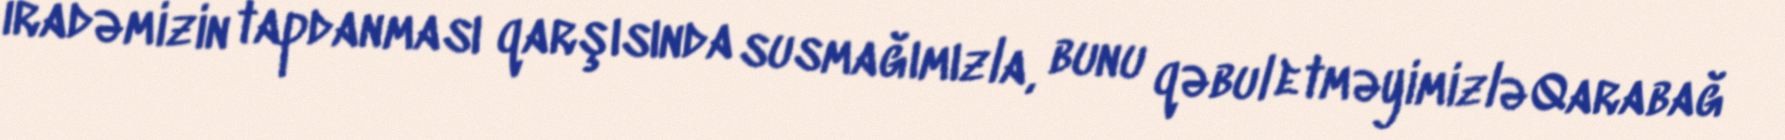
iradəmizin tapdanması qarşısında susmağımızla, bunu qəbul etməyimizlə Qarabağ